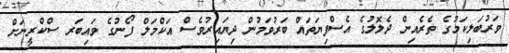
ވަރުބަލިކަމުގެ ތެރެއިން ދެލޮލުގެ އެސްފިޔަތައް ބަރުވަމުން ދިޔައިރުވެސް އަކްމަލް ފޯނުގެ ވައިބަރ ސްކްރީނަށް